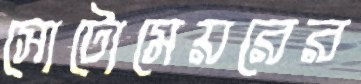
সোটোমেয়রের